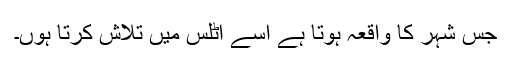
جس شہر کا واقعہ ہوتا ہے اسے اٹلس میں تلاش کرتا ہوں۔